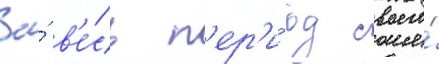
За́ в'е́сь п'ер'и́од своего́